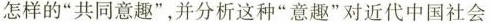
怎样的”共同意趣”，并分析这种”意趣”对近代中国社会